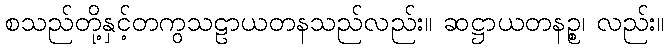
စသည်တို့နှင့်တကွသဠာယတနသည်လည်း။ ဆဋ္ဌာယတနဉ္စ၊ လည်း။